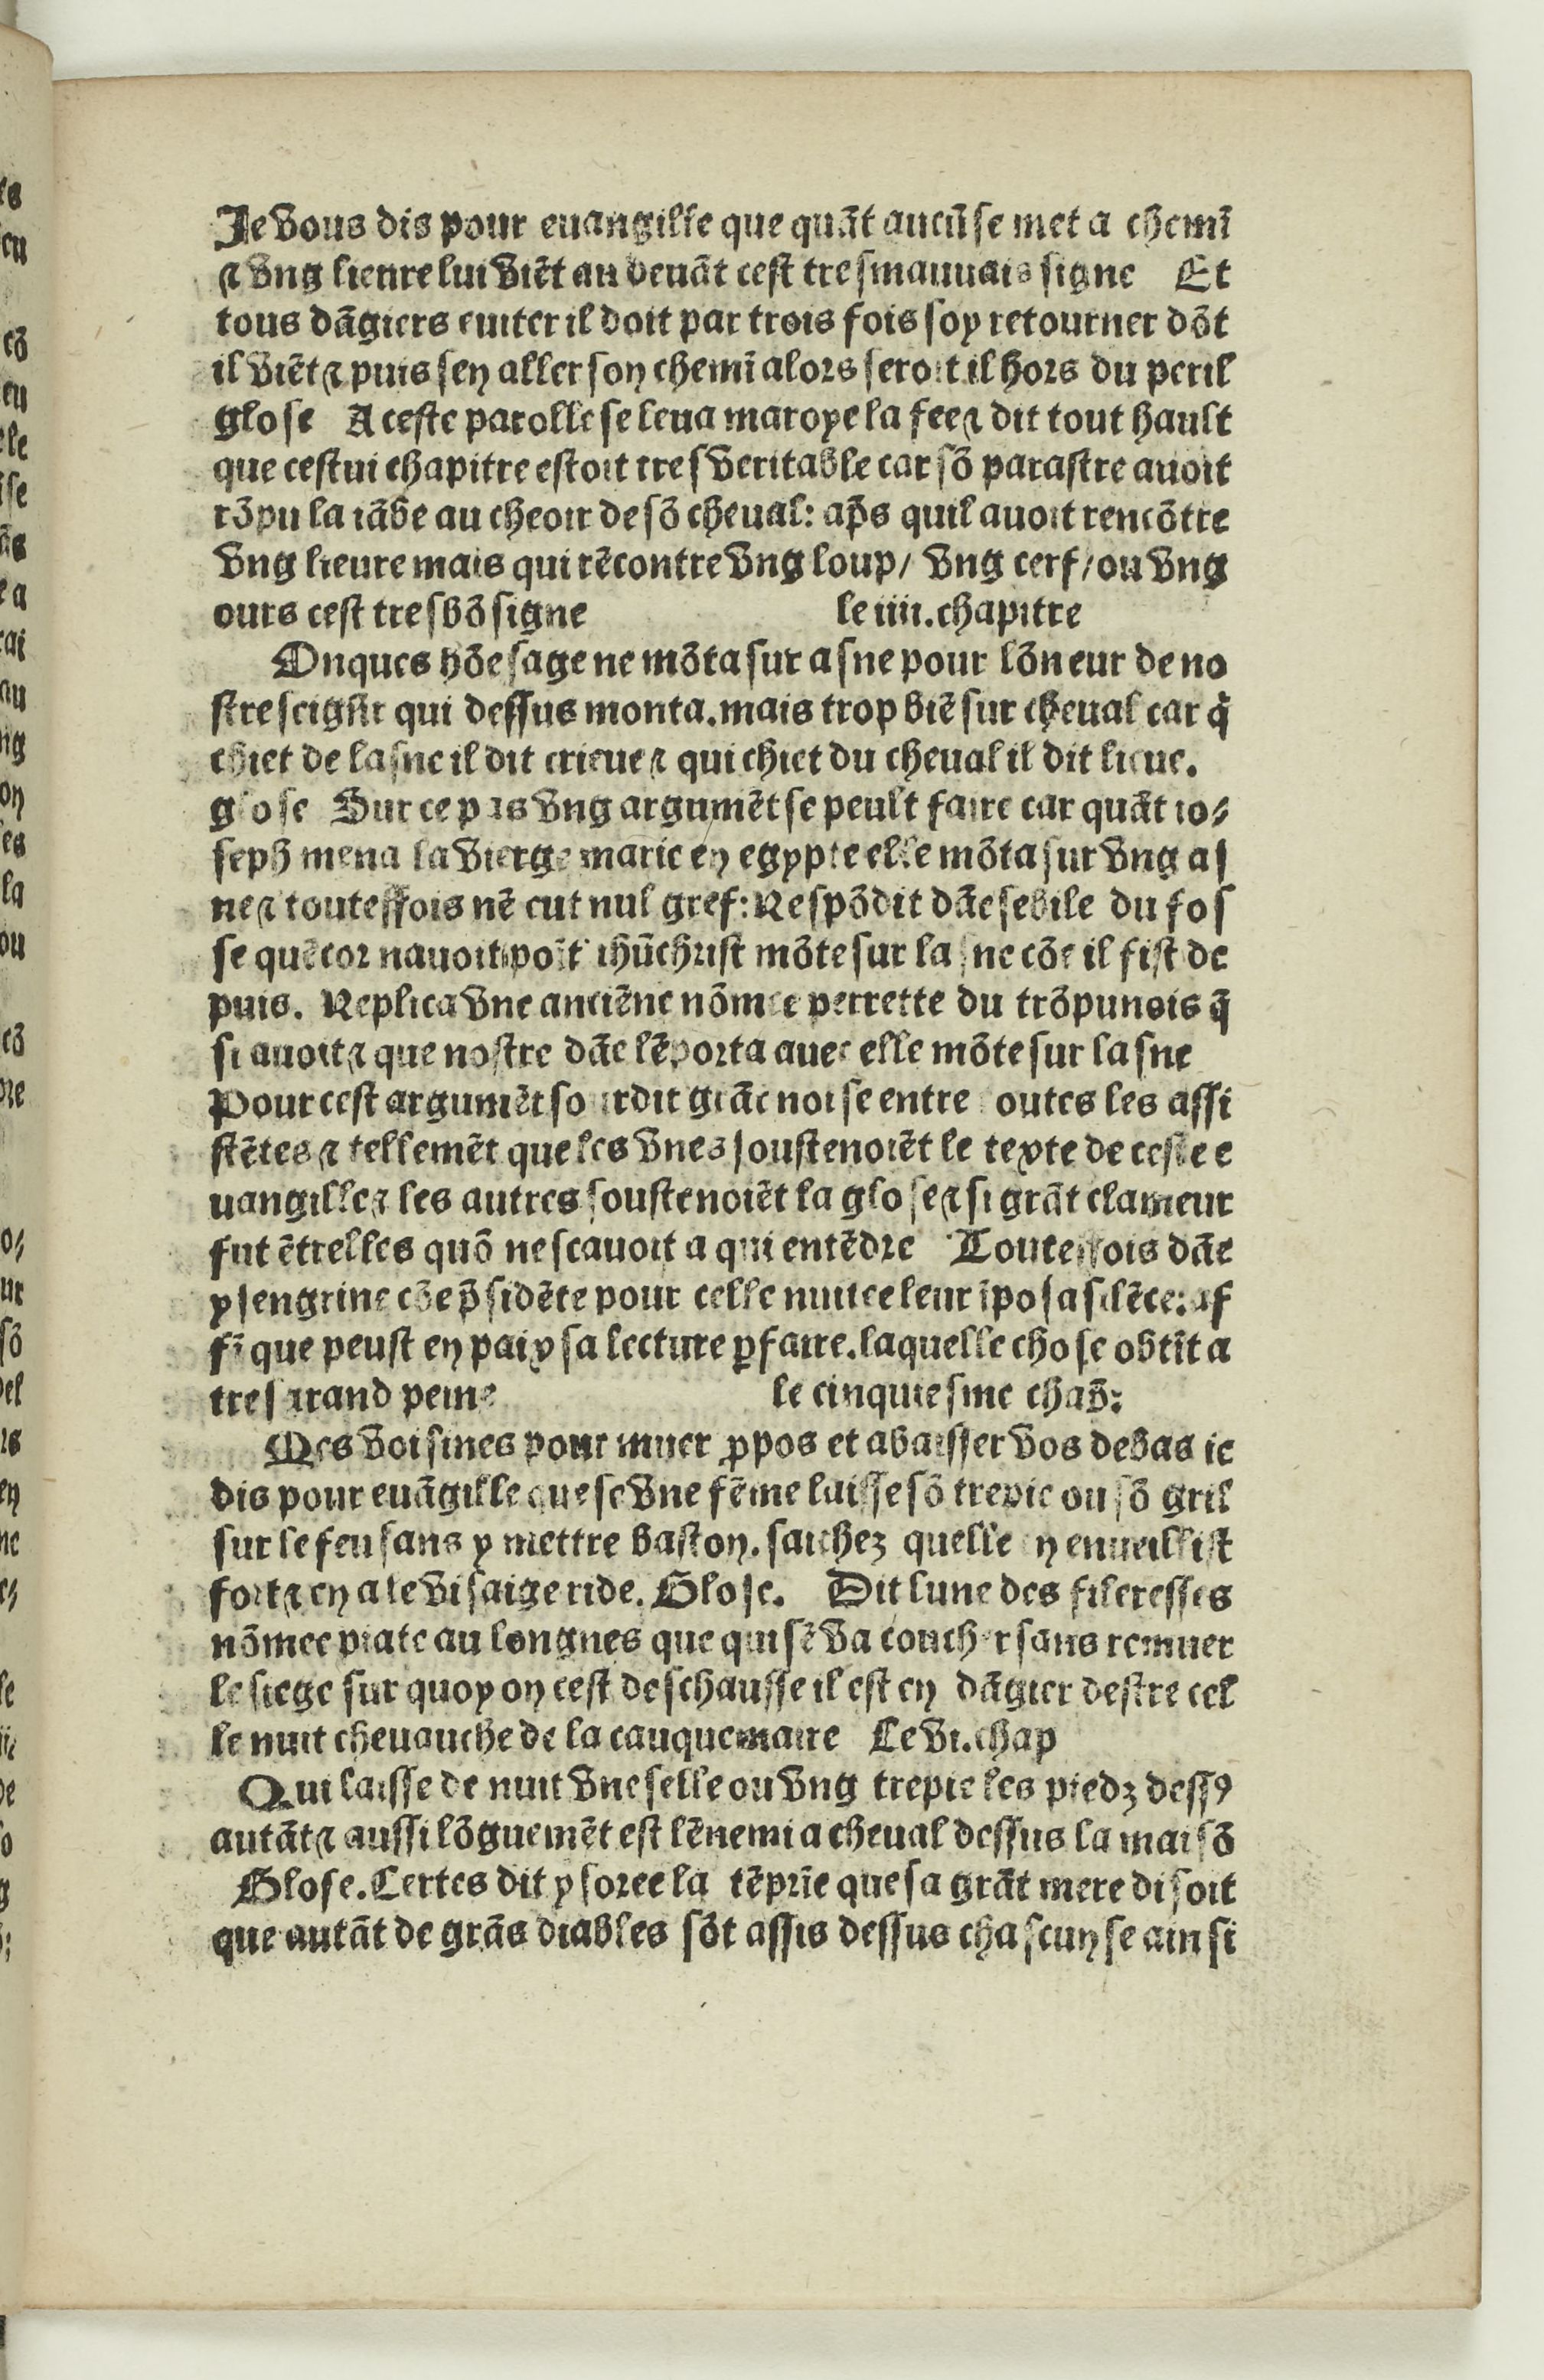
Shelfmark: Paris, BnF, Rés. Y2-733
Century: 16